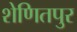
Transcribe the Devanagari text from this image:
शेणितपुर